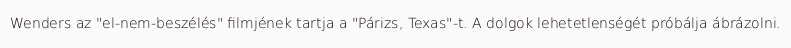
Wenders az "el-nem-beszélés" filmjének tartja a "Párizs, Texas"-t. A dolgok lehetetlenségét próbálja ábrázolni.